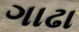
ગાઢા